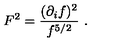
F ^ { 2 } = { \frac { ( \partial _ { i } f ) ^ { 2 } } { f ^ { 5 / 2 } } } \ .